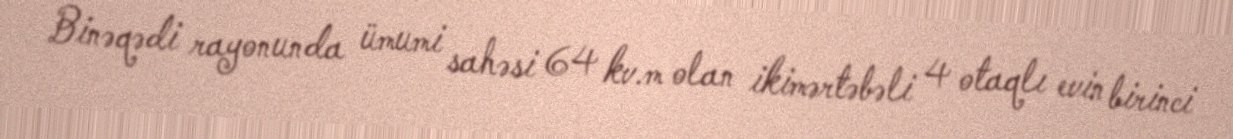
Binəqədi rayonunda ümumi sahəsi 64 kv.m olan ikimərtəbəli 4 otaqlı evin birinci